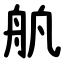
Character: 舧